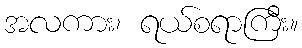
အလကား၊ ရယ်စရာကြီး။